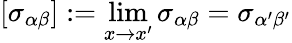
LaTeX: [\sigma_{\alpha\beta}]:=\operatorname*{lim}_{x\rightarrow x^{\prime}}\sigma_{\alpha\beta}=\sigma_{\alpha^{\prime}\beta^{\prime}}